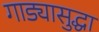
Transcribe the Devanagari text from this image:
गाड्यासुद्धा